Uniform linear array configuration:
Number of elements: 12
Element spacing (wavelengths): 1
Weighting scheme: hann
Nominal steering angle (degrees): -30
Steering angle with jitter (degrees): -30.683
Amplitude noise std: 0.05
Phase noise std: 0.05

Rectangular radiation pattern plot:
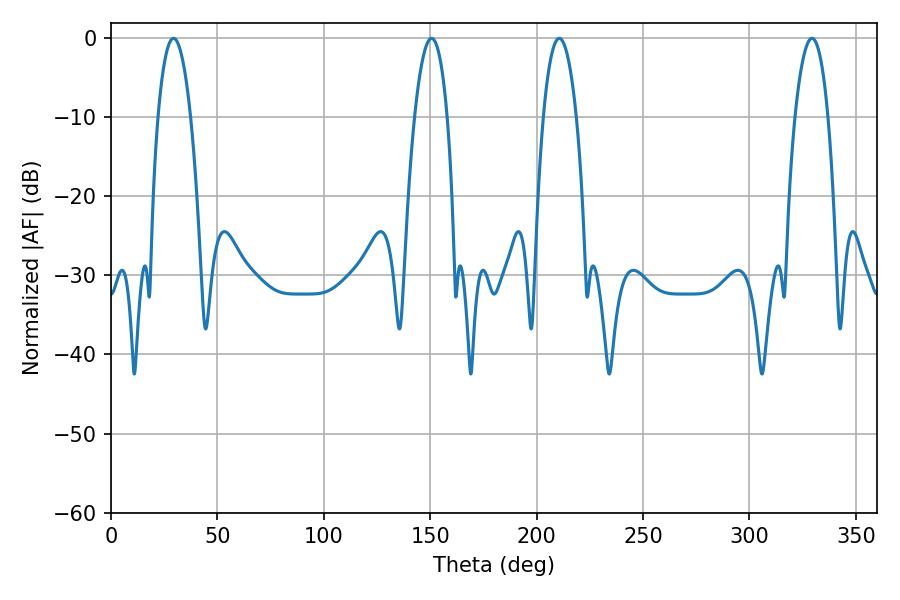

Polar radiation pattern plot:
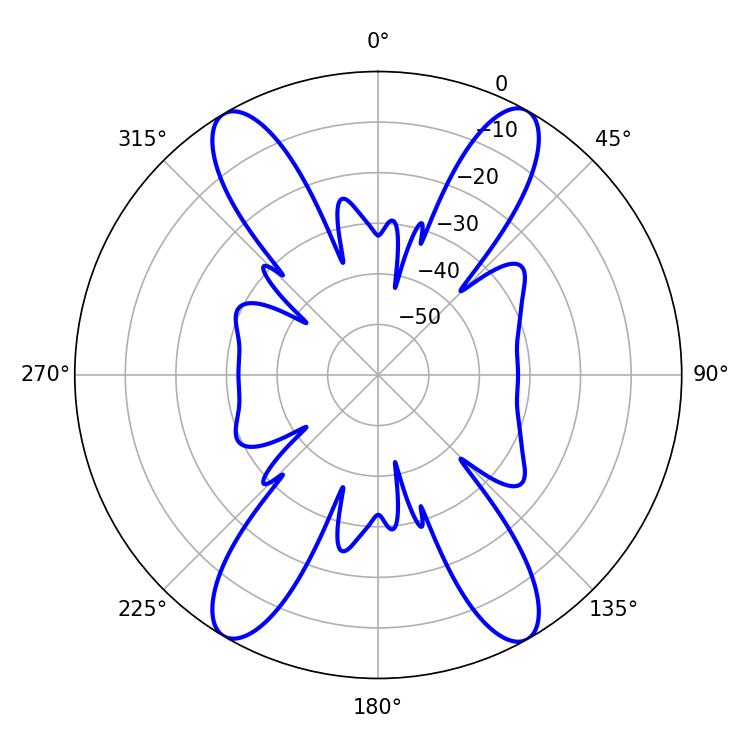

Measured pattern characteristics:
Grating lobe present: TRUE
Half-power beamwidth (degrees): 8.64
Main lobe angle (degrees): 210.6